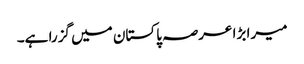
میرا بڑا عرصہ پاکستان میں گزرا ہے۔